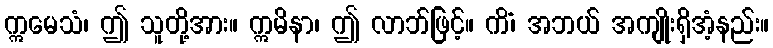
ဣမေသံ၊ ဤ သူတို့အား။ ဣမိနာ၊ ဤ လာဘ်ဖြင့်။ ကိံ၊ အဘယ် အကျိုးရှိအံ့နည်း။